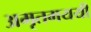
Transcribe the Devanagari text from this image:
अमृतमययी